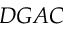
D G A C